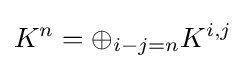
K^{n}=\oplus _{i-j=n}K^{i,j}